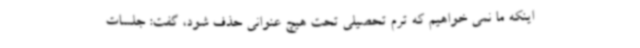
اینکه ما نمی خواهیم که ترم تحصیلی تحت هیچ عنوانی حذف شود، گفت: جلسات